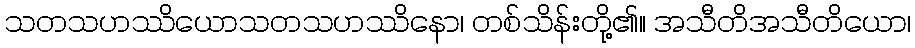
သတသဟဿိယောသတသဟဿိနော၊ တစ်သိန်းတို့၏။ အသီတိအသီတိယော၊